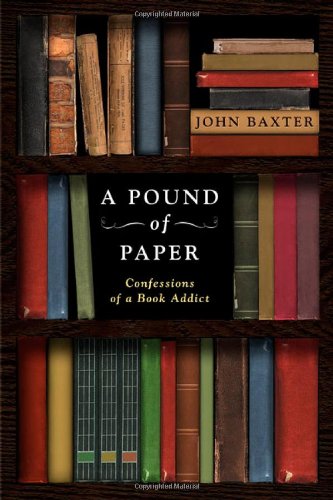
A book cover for A Pound of Paper: Confessions of a Book Addict; John Baxter; Crafts, Hobbies & Home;